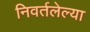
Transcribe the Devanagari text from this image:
निवर्तलेल्या